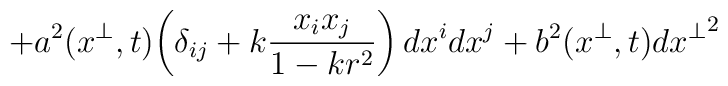
+a^2(x^\perp,t)\!\left(\delta_{ij}+k\frac{x_i x_j}{1-kr^2}\right)dx^idx^j+b^2(x^\perp,t)d{x^\perp}^2